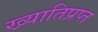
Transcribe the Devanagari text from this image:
ख्यातिप्रप्त